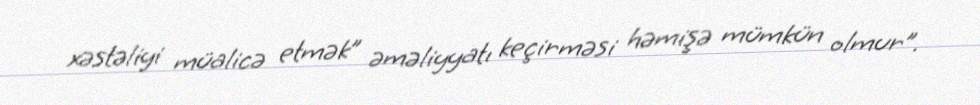
xəstəliyi müalicə etmək” əməliyyatı keçirməsi həmişə mümkün olmur”.